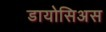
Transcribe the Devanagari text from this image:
डायोसिअस